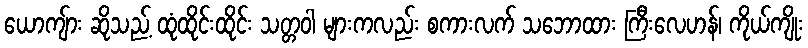
ယောကျ်ား ဆိုသည့် ထုံထိုင်းထိုင်း သတ္တဝါ များကလည်း စကားလက် သဘောထား ကြီးလေဟန်၊ ကိုယ်ကျိုး